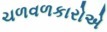
ચળવળકારોએ